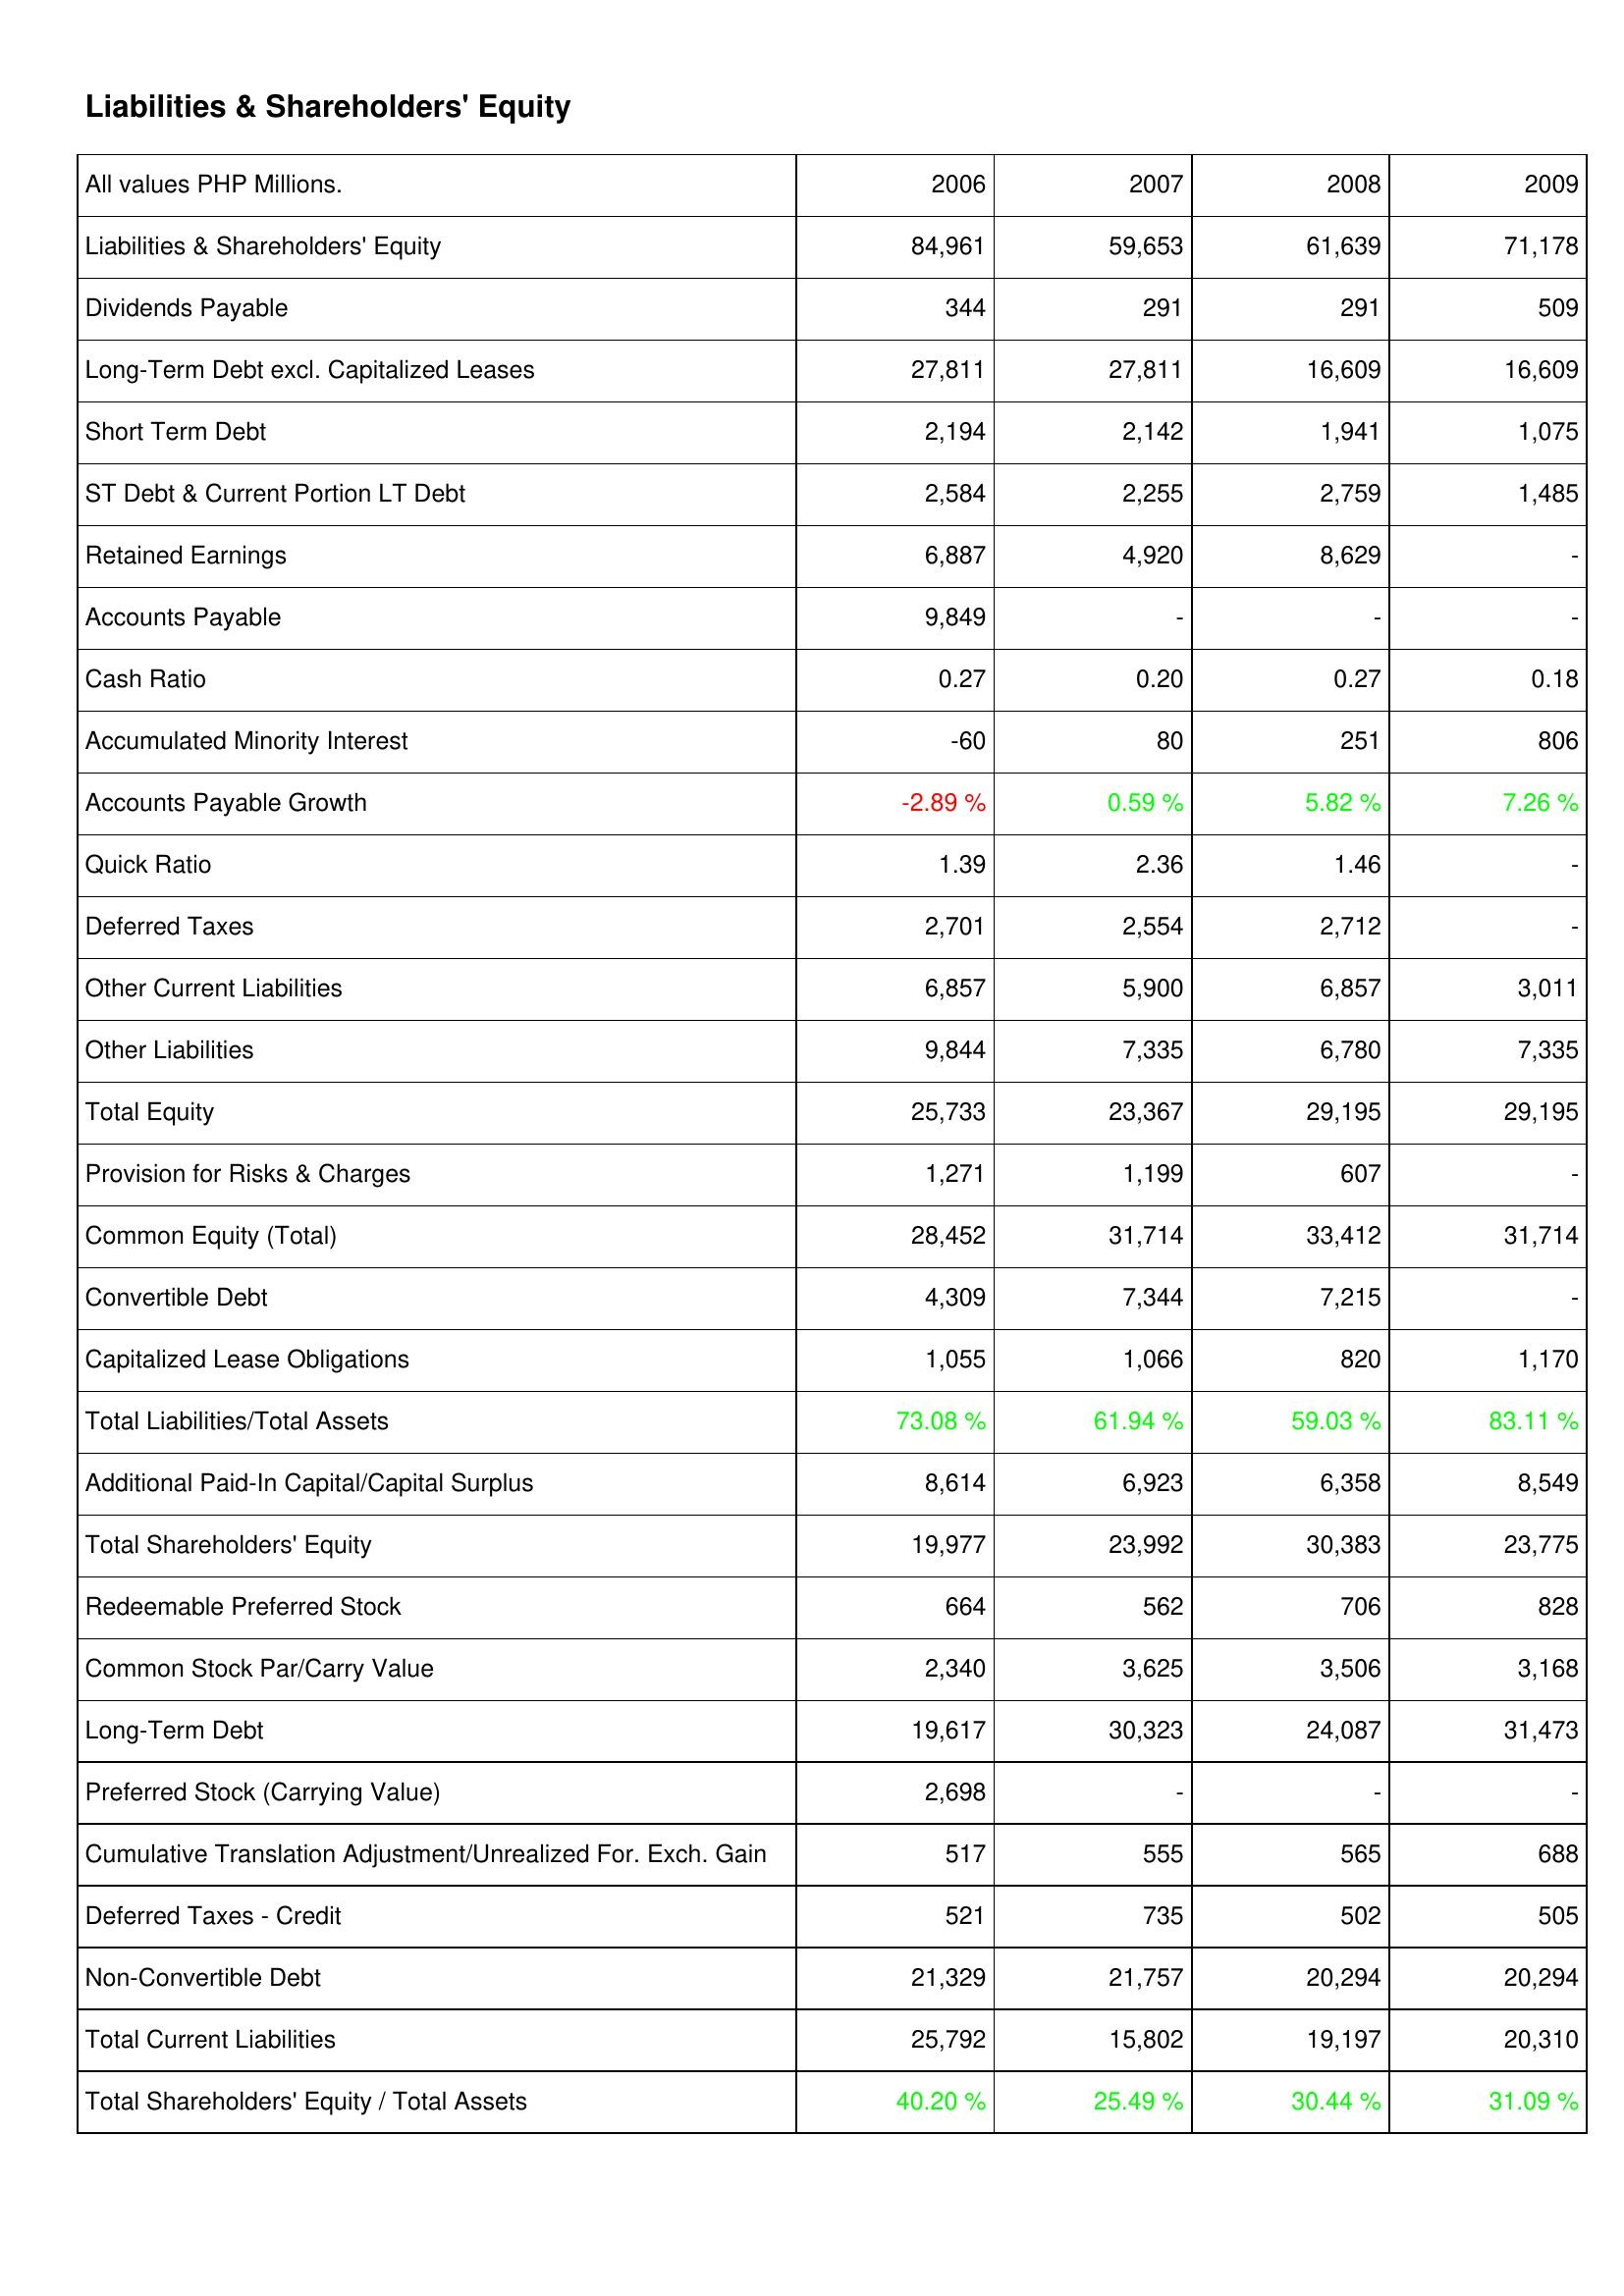
2006: Liabilities & Shareholders' Equity: Liabilities & Shareholders' Equity: 84,961
Dividends Payable: 344
Long-Term Debt excl. Capitalized Leases: 27,811
Short Term Debt: 2,194
ST Debt & Current Portion LT Debt: 2,584
Retained Earnings: 6,887
Accounts Payable: 9,849
Cash Ratio: 0.27
Accumulated Minority Interest: -60
Accounts Payable Growth: -2.89 %
Quick Ratio: 1.39
Deferred Taxes: 2,701
Other Current Liabilities: 6,857
Other Liabilities: 9,844
Total Equity: 25,733
Provision for Risks & Charges: 1,271
Common Equity (Total): 28,452
Convertible Debt: 4,309
Capitalized Lease Obligations: 1,055
Total Liabilities/Total Assets: 73.08 %
Additional Paid-In Capital/Capital Surplus: 8,614
Total Shareholders' Equity: 19,977
Redeemable Preferred Stock: 664
Common Stock Par/Carry Value: 2,340
Long-Term Debt: 19,617
Preferred Stock (Carrying Value): 2,698
Cumulative Translation Adjustment/Unrealized For. Exch. Gain: 517
Deferred Taxes - Credit: 521
Non-Convertible Debt: 21,329
Total Current Liabilities: 25,792
Total Shareholders' Equity / Total Assets: 40.20 %
2007: Liabilities & Shareholders' Equity: Liabilities & Shareholders' Equity: 59,653
Dividends Payable: 291
Long-Term Debt excl. Capitalized Leases: 27,811
Short Term Debt: 2,142
ST Debt & Current Portion LT Debt: 2,255
Retained Earnings: 4,920
Accounts Payable: -
Cash Ratio: 0.20
Accumulated Minority Interest: 80
Accounts Payable Growth: 0.59 %
Quick Ratio: 2.36
Deferred Taxes: 2,554
Other Current Liabilities: 5,900
Other Liabilities: 7,335
Total Equity: 23,367
Provision for Risks & Charges: 1,199
Common Equity (Total): 31,714
Convertible Debt: 7,344
Capitalized Lease Obligations: 1,066
Total Liabilities/Total Assets: 61.94 %
Additional Paid-In Capital/Capital Surplus: 6,923
Total Shareholders' Equity: 23,992
Redeemable Preferred Stock: 562
Common Stock Par/Carry Value: 3,625
Long-Term Debt: 30,323
Preferred Stock (Carrying Value): -
Cumulative Translation Adjustment/Unrealized For. Exch. Gain: 555
Deferred Taxes - Credit: 735
Non-Convertible Debt: 21,757
Total Current Liabilities: 15,802
Total Shareholders' Equity / Total Assets: 25.49 %
2008: Liabilities & Shareholders' Equity: Liabilities & Shareholders' Equity: 61,639
Dividends Payable: 291
Long-Term Debt excl. Capitalized Leases: 16,609
Short Term Debt: 1,941
ST Debt & Current Portion LT Debt: 2,759
Retained Earnings: 8,629
Accounts Payable: -
Cash Ratio: 0.27
Accumulated Minority Interest: 251
Accounts Payable Growth: 5.82 %
Quick Ratio: 1.46
Deferred Taxes: 2,712
Other Current Liabilities: 6,857
Other Liabilities: 6,780
Total Equity: 29,195
Provision for Risks & Charges: 607
Common Equity (Total): 33,412
Convertible Debt: 7,215
Capitalized Lease Obligations: 820
Total Liabilities/Total Assets: 59.03 %
Additional Paid-In Capital/Capital Surplus: 6,358
Total Shareholders' Equity: 30,383
Redeemable Preferred Stock: 706
Common Stock Par/Carry Value: 3,506
Long-Term Debt: 24,087
Preferred Stock (Carrying Value): -
Cumulative Translation Adjustment/Unrealized For. Exch. Gain: 565
Deferred Taxes - Credit: 502
Non-Convertible Debt: 20,294
Total Current Liabilities: 19,197
Total Shareholders' Equity / Total Assets: 30.44 %
2009: Liabilities & Shareholders' Equity: Liabilities & Shareholders' Equity: 71,178
Dividends Payable: 509
Long-Term Debt excl. Capitalized Leases: 16,609
Short Term Debt: 1,075
ST Debt & Current Portion LT Debt: 1,485
Retained Earnings: -
Accounts Payable: -
Cash Ratio: 0.18
Accumulated Minority Interest: 806
Accounts Payable Growth: 7.26 %
Quick Ratio: -
Deferred Taxes: -
Other Current Liabilities: 3,011
Other Liabilities: 7,335
Total Equity: 29,195
Provision for Risks & Charges: -
Common Equity (Total): 31,714
Convertible Debt: -
Capitalized Lease Obligations: 1,170
Total Liabilities/Total Assets: 83.11 %
Additional Paid-In Capital/Capital Surplus: 8,549
Total Shareholders' Equity: 23,775
Redeemable Preferred Stock: 828
Common Stock Par/Carry Value: 3,168
Long-Term Debt: 31,473
Preferred Stock (Carrying Value): -
Cumulative Translation Adjustment/Unrealized For. Exch. Gain: 688
Deferred Taxes - Credit: 505
Non-Convertible Debt: 20,294
Total Current Liabilities: 20,310
Total Shareholders' Equity / Total Assets: 31.09 %